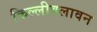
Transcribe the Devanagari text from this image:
किल्लीवलावन